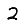
Digit: 2